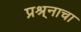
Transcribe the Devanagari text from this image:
प्रश्र्नाचा